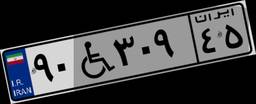
۱۵W۷۹۳۴۵